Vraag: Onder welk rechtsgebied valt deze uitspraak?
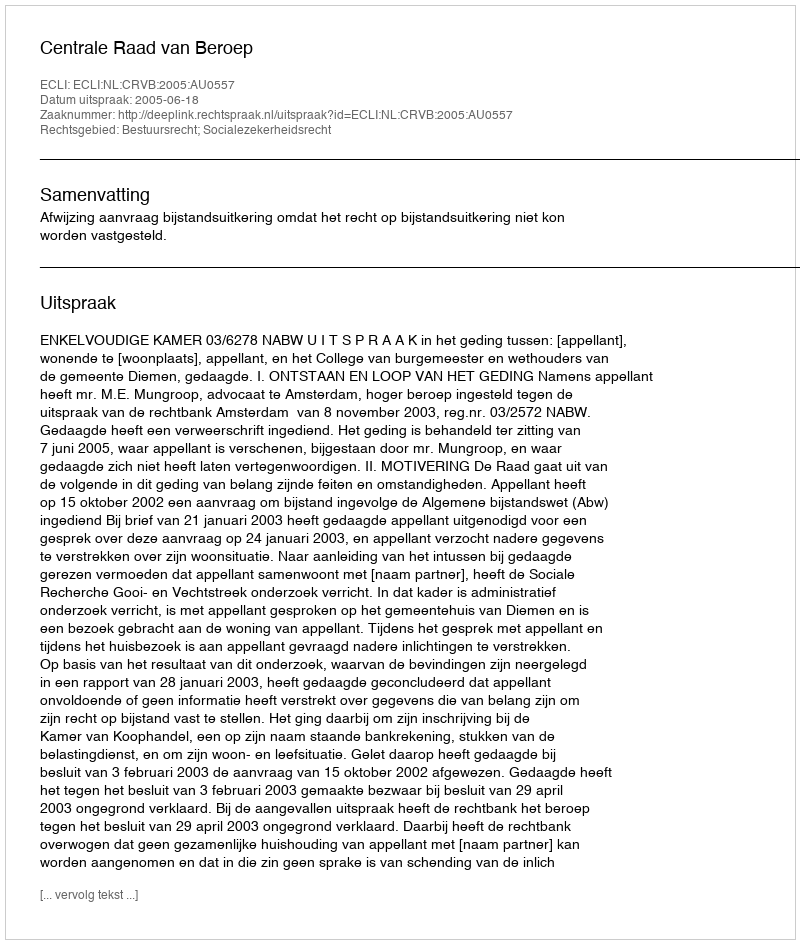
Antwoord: Bestuursrecht; Socialezekerheidsrecht